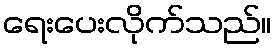
ရေးပေးလိုက်သည်။